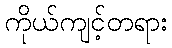
ကိုယ်ကျင့်တရား